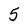
Character: 5